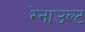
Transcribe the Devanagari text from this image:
रेनाउल्ट